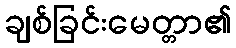
ချစ်ခြင်းမေတ္တာ၏